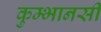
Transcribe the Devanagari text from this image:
कुम्भानसी